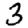
Digit: 3